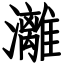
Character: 灕